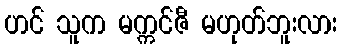
ဟင် သူက မက္ကင်ဇီ မဟုတ်ဘူးလား